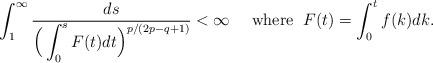
LaTeX: \begin{align*}\int_{1}^\infty\frac{ds}{\Big(\displaystyle \int_0^s F(t)dt \Big)^{p/(2p - q+1)}} <\infty \quad\mbox{ where }\; F(t)=\int_0^t f(k)dk.\end{align*}